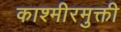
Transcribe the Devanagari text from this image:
काश्मीरमुक्ती